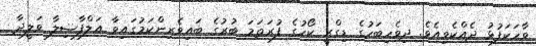
ވާހަކަފުޅު ދެއްކެވިއެވެ. ދިވެހިބަހުގެ ޑިގްރީ ކޯހުގެ ފުރަތަމަ ބުރުގެ ބައިވެރިންކަމުގައިވާ އަލްފާޟިލާ ވަލީދާ